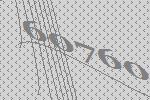
60760